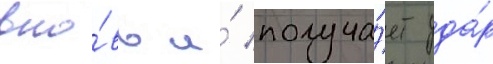
вно́вь и́ получа́ет уда́р